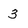
Character: 3